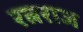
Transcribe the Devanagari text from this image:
रत्नराज